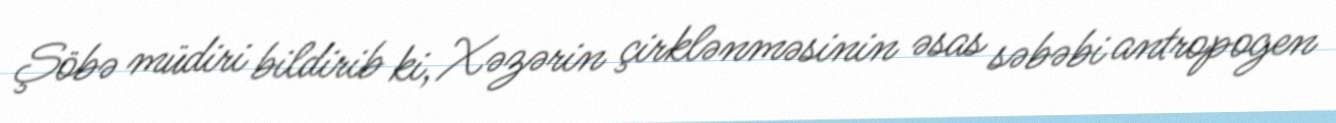
Şöbə müdiri bildirib ki, Xəzərin çirklənməsinin əsas səbəbi antropogen